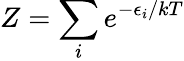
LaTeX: Z=\sum_{i}e^{-\epsilon_{i}/kT}